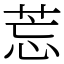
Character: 莣